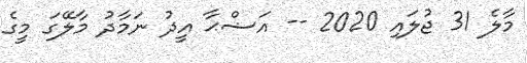
މާލެ 31 ޖުލައި 2020 -- އަޟްޙާ އީދު ނަމާދު މާލޭގަ މީގެ